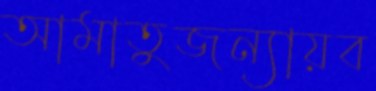
আমাতুজন্যায়ব